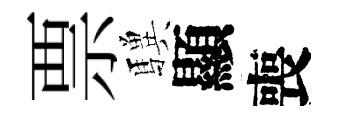
票驥顯喪